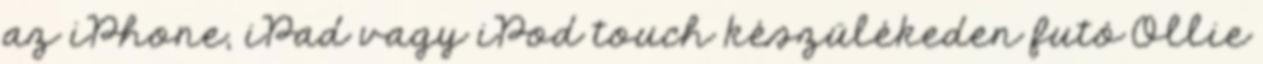
az iPhone, iPad vagy iPod touch készülékeden futó Ollie